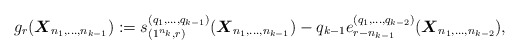
\begin{gather*} g_r({\boldsymbol{X}}_{n_1,\ldots,n_{k-1}}):=s_{(1^{n_k}, r)}^{(q_1,\ldots,q_{k-1})}({\boldsymbol{X}}_{n_1,\ldots,n_{k-1}}) -q_{k-1} e_{r-n_{k-1}}^{(q_1,\ldots,q_{k-2})}({\boldsymbol{X}}_{n_1,\ldots,n_{k-2}}),\end{gather*}